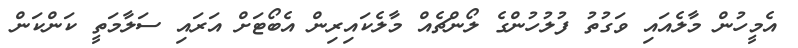
އެމީހުން މާލެއައި ވަގުތު ފުލުހުންގެ ލޯންޗެއް މާލެކައިރިން އެބޯޓަށް އަރައި ސަލާމަތީ ކަންކަން